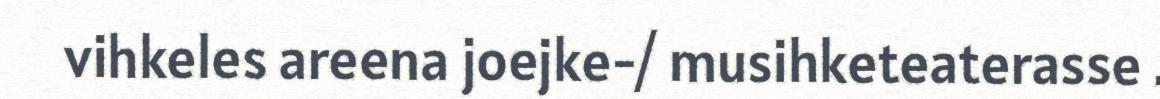
vihkeles areena joejke-/ musihketeaterasse .